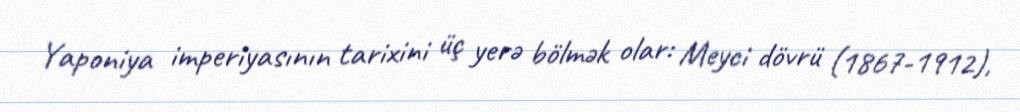
Yaponiya imperiyasının tarixini üç yerə bölmək olar: Meyci dövrü (1867-1912),